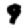
Digit: 9